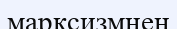
марксизмнен